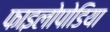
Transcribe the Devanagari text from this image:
फाइलोपोडिया